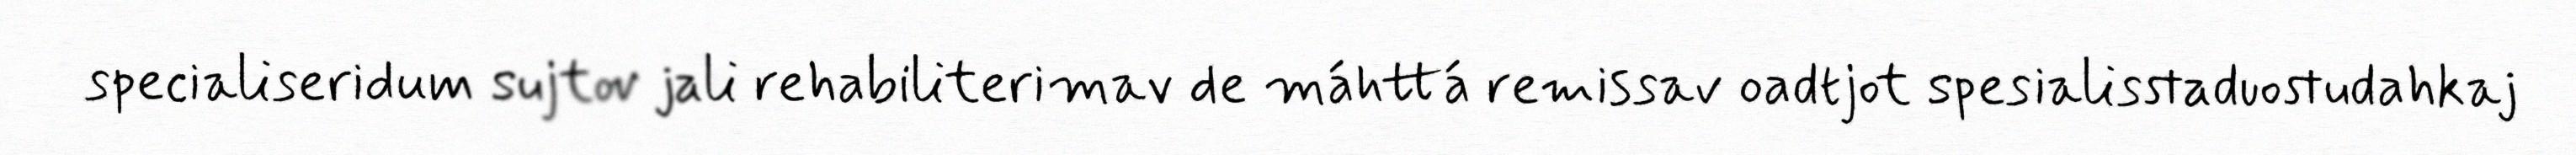
specialiseridum sujtov jali rehabiliterimav de máhttá remissav oadtjot spesialisstaduostudahkaj